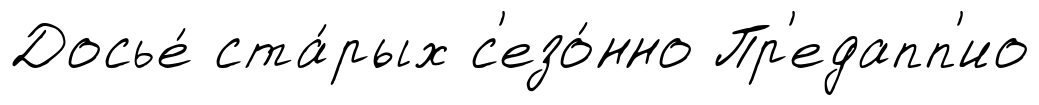
Досье́ ста́рых с'езо́нно Пр'едапп'ио